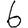
Digit: 6